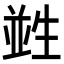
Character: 𤯭